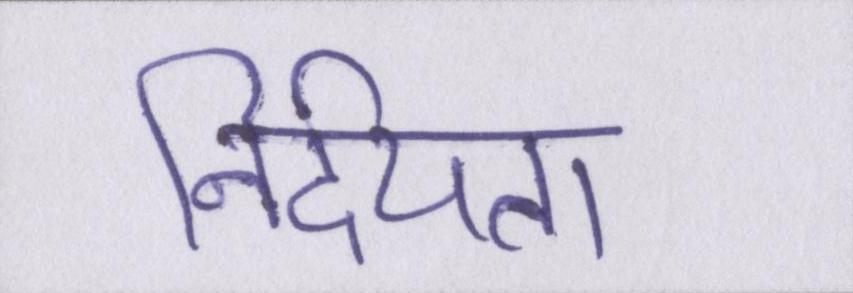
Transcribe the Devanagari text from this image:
निर्दयता